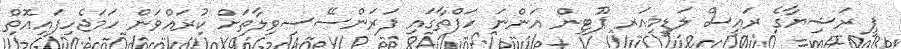
ޕީ ރަޝިޔާގެ ރައީސް ލަޑީމިއަރ ޕޫޓިން އަންނަ ހަފްތާގައި ފަރަންސޭސިވިލާތަށް ކުރައްވަން ހަމަޖެހިފައިއޮތް